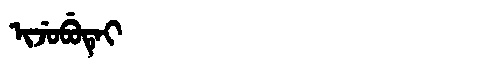
Manchu: ᡳᠵᡠᠪᡠᡨᡝᡳ
Romanization: IJUBUTEI